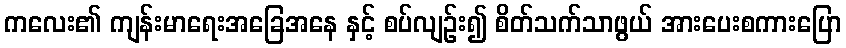
ကလေး၏ ကျန်းမာရေးအခြေအနေ နှင့် စပ်လျဉ်း၍ စိတ်သက်သာဖွယ် အားပေးစကားပြော